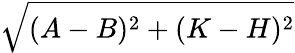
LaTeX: \sqrt{(A-B)^{2}+(K-H)^{2}}